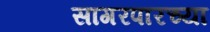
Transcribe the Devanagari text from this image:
सागरपारच्या